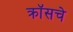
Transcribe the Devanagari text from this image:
क्रॉसचे